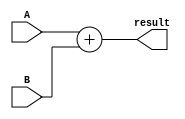
module Adder(input wire A, input wire B, output reg result);

  always @ (A or B)
    begin
      result = A + B;
    end

endmodule